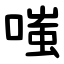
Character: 嗤